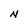
Character: N